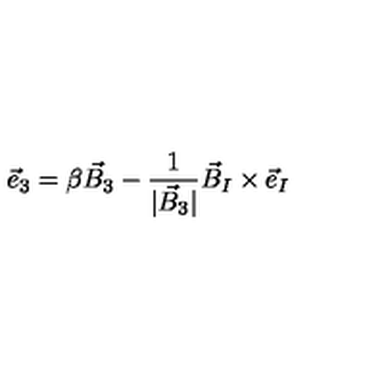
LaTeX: { \vec { e } } _ { 3 } = \beta { \vec { B } } _ { 3 } - \frac { 1 } { | { \vec { B } } _ { 3 } | } { \vec { B } } _ { I } \times { \vec { e } } _ { I }